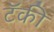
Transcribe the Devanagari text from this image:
टॅकी